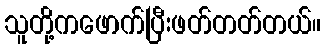
သူတို့ကဖောက်ပြီးဖတ်တတ်တယ်။